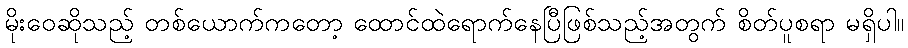
မိုးဝေဆိုသည့် တစ်ယောက်ကတော့ ထောင်ထဲရောက်နေပြီဖြစ်သည့်အတွက် စိတ်ပူစရာ မရှိပါ။